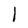
Character: I